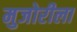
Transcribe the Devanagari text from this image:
मुजोरीला